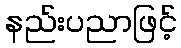
နည်းပညာဖြင့်